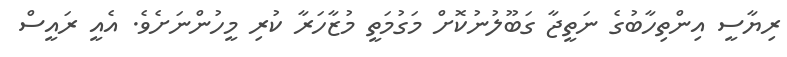
ރިޔާސީ އިންތިހާބުގެ ނަތީޖާ ގަބޫލުނުކޮށް މަގުމަތީ މުޒާހަރާ ކުރި މީހުންނަށެވެ. އެއީ ރައީސް